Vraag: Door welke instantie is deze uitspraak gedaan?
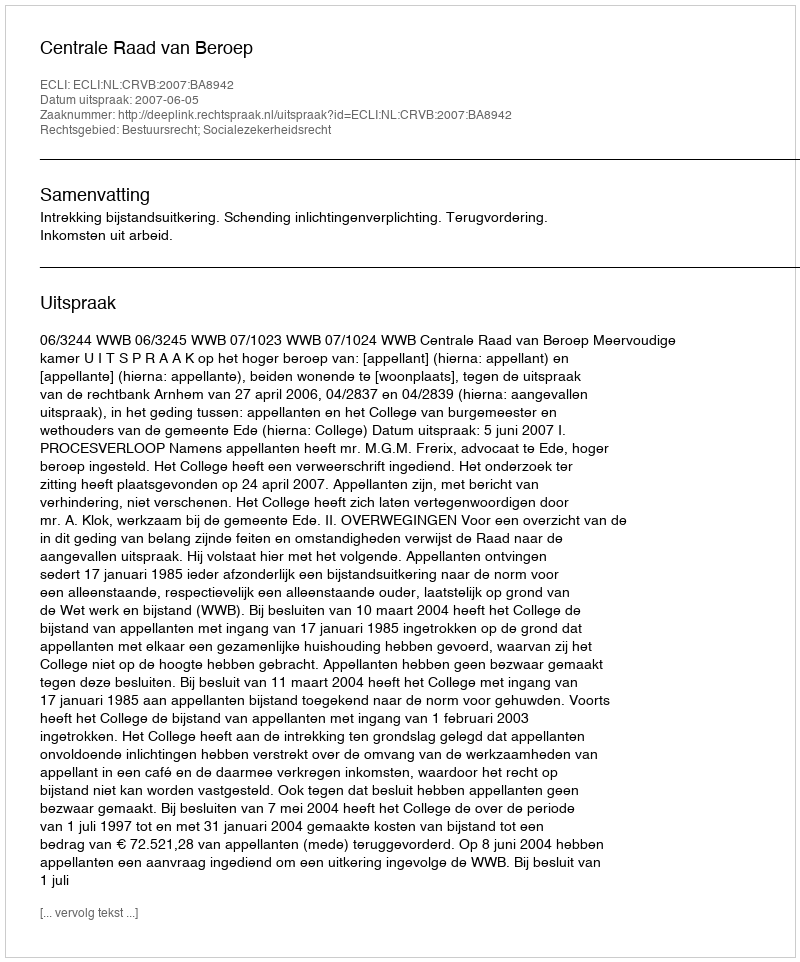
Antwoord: Centrale Raad van Beroep